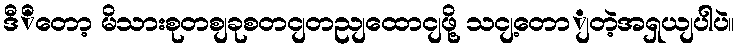
ဒီိတော့ မိသားစုတစျခုစတငျတညျထောငျဖို့ သငျ့တောျတဲ့အရှယျပါပဲ။